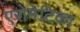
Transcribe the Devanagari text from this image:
एरोमेटिका